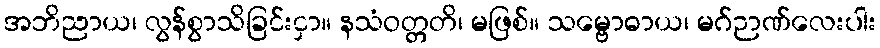
အဘိညာယ၊ လွန်စွာသိခြင်းငှာ။ နသံဝတ္တတိ၊ မဖြစ်။ သမ္ဗောဓာယ၊ မဂ်ဉာဏ်လေးပါး